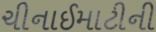
ચીનાઈમાટીની